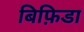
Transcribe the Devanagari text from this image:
बिफ़िडा